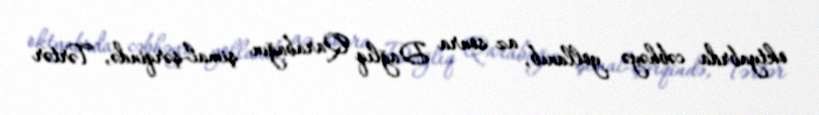
oktyabrda cəbhəyə yollanıb, az sonra Dağlıq Qarabağın şimal-şərqində, Tərtər